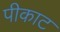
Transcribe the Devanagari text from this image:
पीकाट